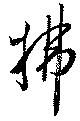
拂